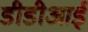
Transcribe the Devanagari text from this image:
डीडीआई